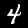
Digit: 4